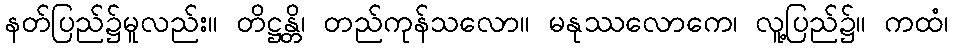
နတ်ပြည်၌မူလည်း။ တိဋ္ဌန္တိ၊ တည်ကုန်သလော။ မနုဿလောကေ၊ လူ့ပြည်၌။ ကထံ၊